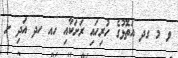
ވ މ ގދ އަތޮޅުގެ ހުރިހައި ރަށަކާއި ހއ ހދ އަދި ށ